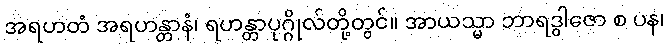
အရဟတံ အရဟန္တာနံ၊ ရဟန္တာပုဂ္ဂိုလ်တို့တွင်။ အာယသ္မာ ဘာရဒွါဇော စ ပန၊